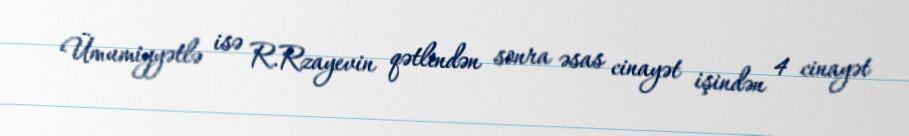
Ümumiyyətlə isə R.Rzayevin qətlindən sonra əsas cinayət işindən 4 cinayət